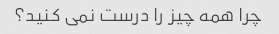
چرا همه چیز را درست نمی کنید؟